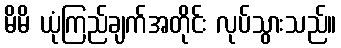
မိမိ ယုံကြည်ချက်အတိုင်း လုပ်သွားသည်။